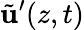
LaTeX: \tilde{\mathbf{u}}^{\prime}(z,t)